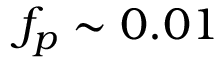
f _ { p } \sim 0 . 0 1